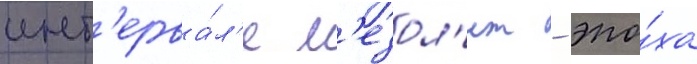
инт'ерва́л'е м'езол'ит - эпо́ха